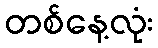
တစ်နေ့လုံး